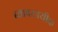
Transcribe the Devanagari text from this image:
ब्यावसायीक